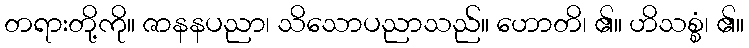
တရားတို့ကို။ ဇာနနပညာ၊ သိသောပညာသည်။ ဟောတိ၊ ၏။ ဟိသစ္စံ၊ ၏။